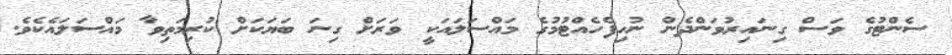
ސެންޓުގެ ވަސް ގިނައިރުވަންދެން ނުހިފެހެއްޓުމުގެ މައްސަލައަކީ ވަރަށް ގިނަ ބަޔަކަށް ކުރިމަތިވާ މައްސަލައެކެވެ.